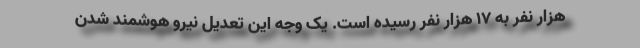
هزار نفر به ۱۷ هزار نفر رسیده است. یک وجه این تعدیل نیرو هوشمند شدن